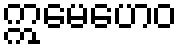
ဣမေဟေဝ